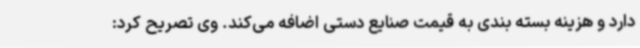
دارد و هزینه بسته بندی به قیمت صنایع دستی اضافه می‌کند. وی تصریح کرد: